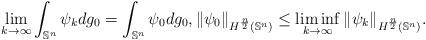
LaTeX: \begin{align*}\lim_{k\rightarrow \infty} \int_{\mathbb{S}^n} \psi_kdg_0=\int_{\mathbb{S}^n} \psi_0 dg_0,\|\psi_0\|_{H^{\frac{n}{2}}(\mathbb{S}^n)} \leq \liminf_{k\rightarrow \infty} \|\psi_k\|_{H^{\frac{n}{2}}(\mathbb{S}^n)}.\end{align*}